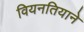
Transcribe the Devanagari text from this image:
वियनतियाने